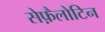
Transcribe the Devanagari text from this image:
सेफ़ैलोटिन